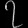
Digit: ၇